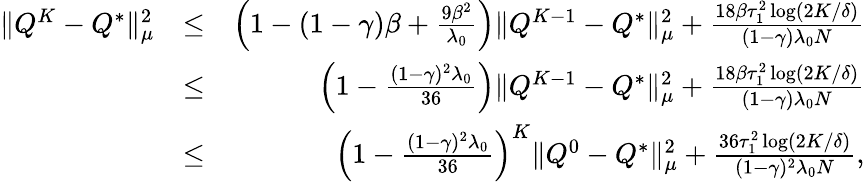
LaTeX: \begin{array}{rlr}{\| Q^{K}-Q^{*}\| _{\mu}^{2}}&{\leq}&{\left(1-(1-\gamma)\beta+\frac{9\beta^{2}}{\lambda_{0}}\right)\| Q^{K-1}-Q^{*}\| _{\mu}^{2}+\frac{18\beta\tau_{1}^{2}\log(2K/\delta)}{(1-\gamma)\lambda_{0}N}}\\ &{\leq}&{\left(1-\frac{(1-\gamma)^{2}\lambda_{0}}{36}\right)\| Q^{K-1}-Q^{*}\| _{\mu}^{2}+\frac{18\beta\tau_{1}^{2}\log(2K/\delta)}{(1-\gamma)\lambda_{0}N}}\\ &{\leq}&{\left(1-\frac{(1-\gamma)^{2}\lambda_{0}}{36}\right)^{K}\| Q^{0}-Q^{*}\| _{\mu}^{2}+\frac{36\tau_{1}^{2}\log(2K/\delta)}{(1-\gamma)^{2}\lambda_{0}N},}\end{array}